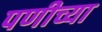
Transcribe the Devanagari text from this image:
पणीच्या